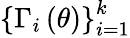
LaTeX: \left\{ \Gamma_{i}\left(\theta\right)\right\} _{i=1}^{k}